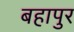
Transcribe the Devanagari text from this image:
बहापुर